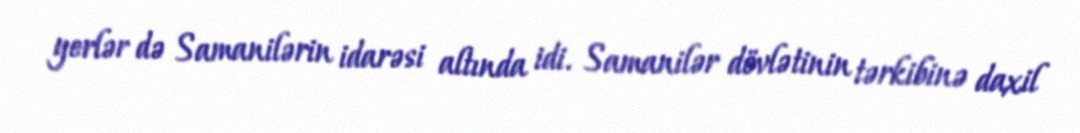
yerlər də Samanilərin idarəsi altında idi. Samanilər dövlətinin tərkibinə daxil